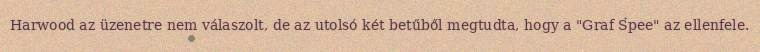
Harwood az üzenetre nem válaszolt, de az utolsó két betűből megtudta, hogy a "Graf Spee" az ellenfele.